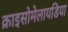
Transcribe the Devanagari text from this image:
क्राइसोमेलायडिया